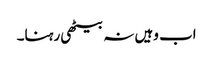
اب وہیں نہ بیٹھی رہنا۔